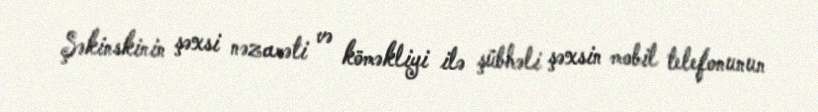
Şəkinskinin şəxsi nəzarəti və köməkliyi ilə şübhəli şəxsin mobil telefonunun